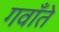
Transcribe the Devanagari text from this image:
गवाँते